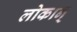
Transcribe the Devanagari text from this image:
लोकान्